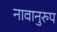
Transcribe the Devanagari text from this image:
नावानुरुप